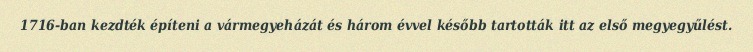
1716-ban kezdték építeni a vármegyeházát és három évvel később tartották itt az első megyegyűlést.